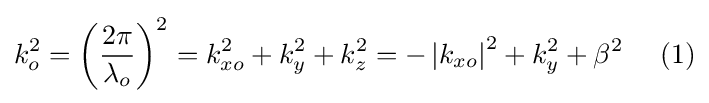
k_{o}^{2}=\left({\frac {2\pi }{\lambda _{o}}}\right)^{2}=k_{xo}^{2}+k_{y}^{2}+k_{z}^{2}=-\left|k_{xo}\right|^{2}+k_{y}^{2}+\beta ^{2}\ \ \ \ (1)